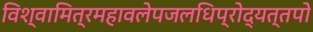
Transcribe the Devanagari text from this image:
विश्वामित्रमहावलेपजलधिप्रोद्यत्तपो